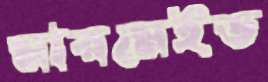
মারমেইড